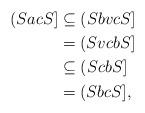
LaTeX: \begin{align*}(SacS] &\subseteq (SbvcS]\\&=(SvcbS]\\&\subseteq (ScbS]\\&= (SbcS],\end{align*}